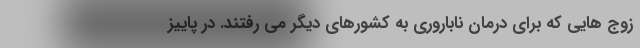
زوج هایی که برای درمان ناباروری به کشورهای دیگر می رفتند. در پاییز